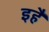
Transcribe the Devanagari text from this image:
इहैं